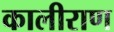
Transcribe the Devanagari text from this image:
कालीराण